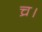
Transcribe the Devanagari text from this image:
च्र।